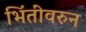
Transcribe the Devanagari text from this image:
भिंतींवरुन